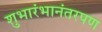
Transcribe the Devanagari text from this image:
शुभारंभानंतरपण